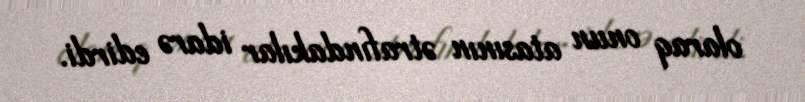
olaraq onun atasının ətrafındakılar idarə edirdi.